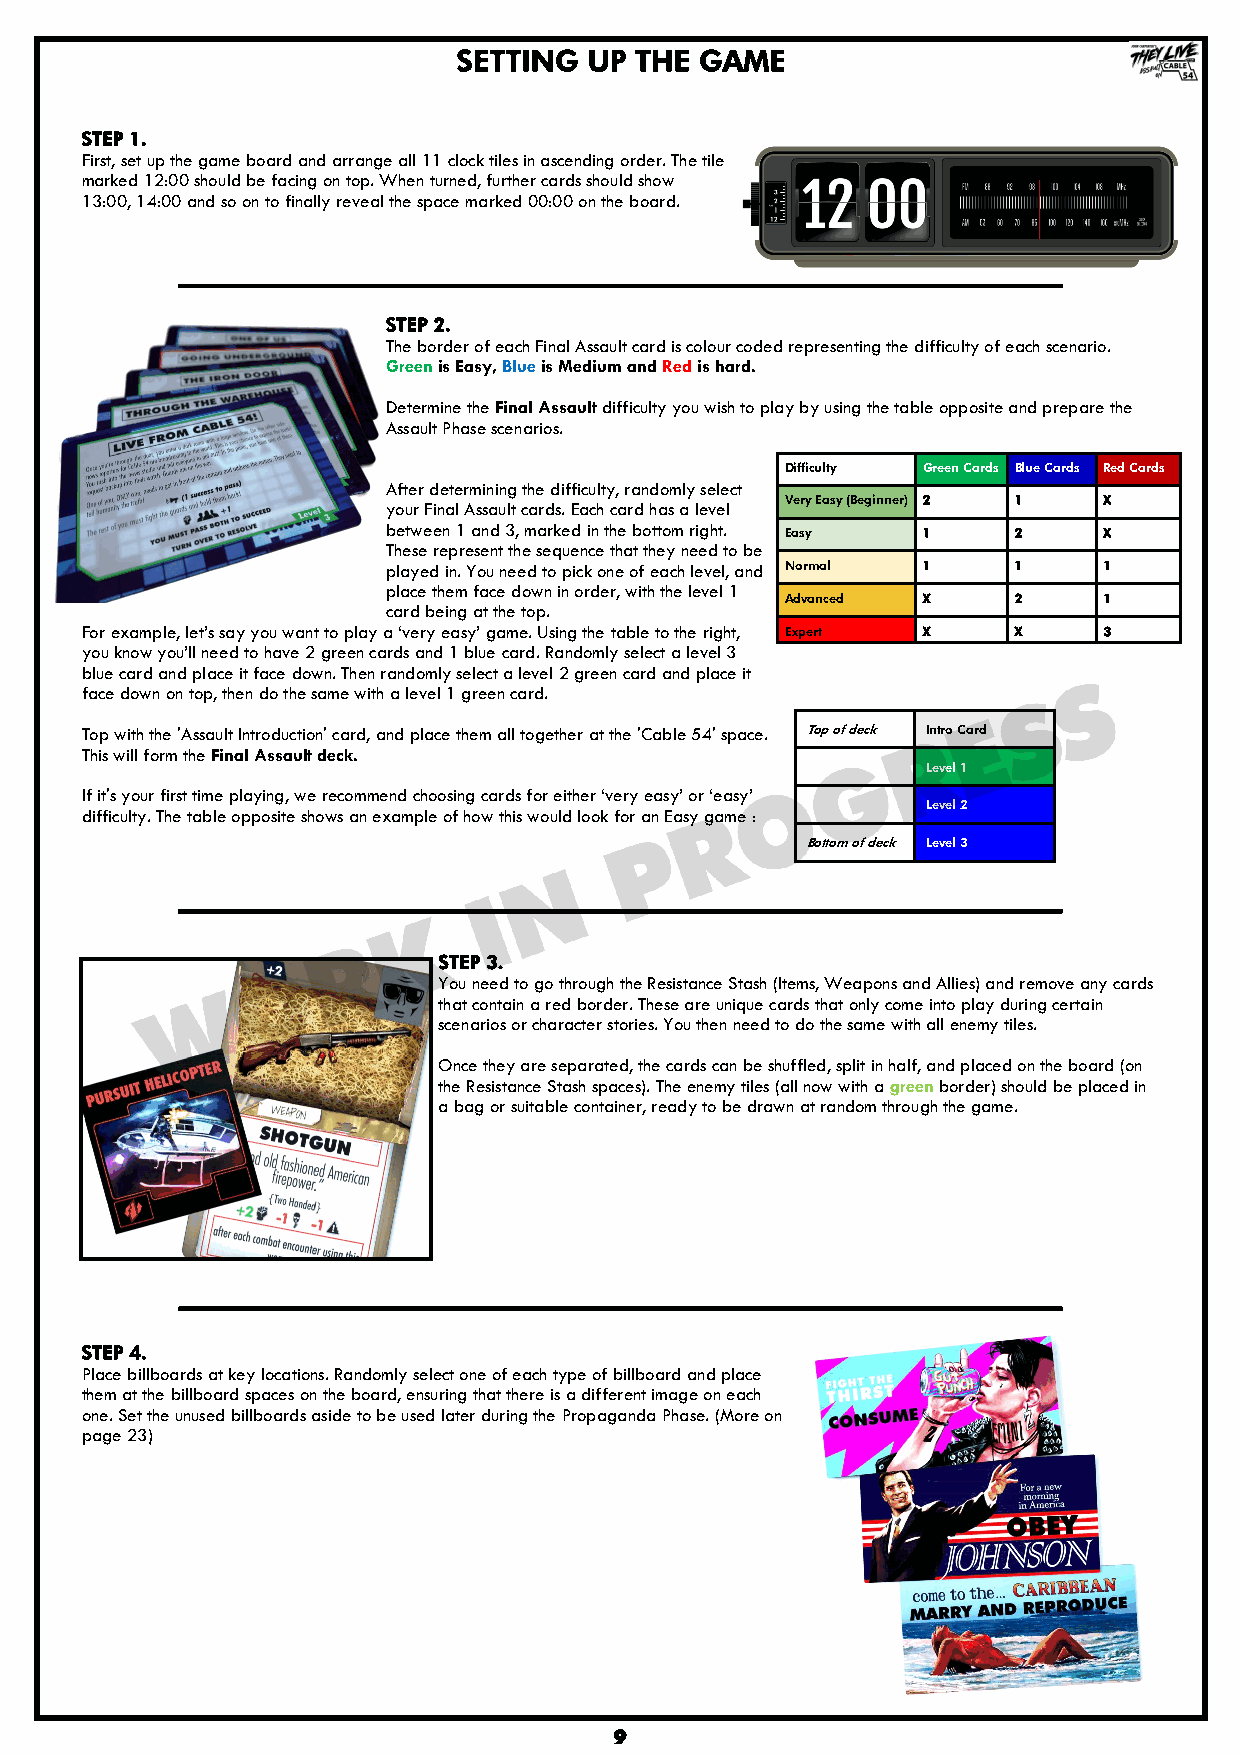
SETTING  UP THE GAME
 STEP 1.
 First, set up the game board and arrange all 11 clock tiles in ascending order. The tile
 marked 12:00 should be facing on top. When turned, further cards should show
 13:00, 14:00 and so on to finally reveal the space marked 00:00 on the board.
 STEP 2.
 The border of each Final Assault card is colour coded representing the difficulty of each scenario.
 Green is Easy, Blue is Medium and Red is hard.
 Determine the Final Assault difficulty you wish to play by using the table opposite and prepare the
 Assault Phase scenarios.
 Difficulty Green Cards Blue Cards Red Cards
 After determining the difficulty, randomly select
 your Final Assault cards. Each card has a level Very Easy (Beginner) 2 1 X
 between 1 and 3, marked in the bottom right.
 Easy     1     2     X
 These represent the sequence that they need to be
 played in. You need to pick one of each level, and Normal 1 1 1
 place them face down in order, with the level 1
 Advanced X     2     1
 card being at the top.
 For example, let‟s say you want to play a „very easy‟ game. Using the table to the right, Expert X X 3
 you know you‟ll need to have 2 green cards and 1 blue card. Randomly select a level 3
 blue card and place it face down. Then randomly select a level 2 green card and place it
 face down on top, then do the same with a level 1 green card.
 Top with the 'Assault Introduction' card, and place them all together at the 'Cable 54' space. Top of deck Intro Card
 This will form the Final Assault deck.
 Level 1
 If it's your first time playing, we recommend choosing cards for either „very easy‟ or „easy‟
 Level 2
 difficulty. The table opposite shows an example of how this would look for an Easy game :
 Bottom of deck Level 3
 STEP 3.
 You need to go through the Resistance Stash (Items, Weapons and Allies) and remove any cards
 that contain a red border. These are unique cards that only come into play during certain
 scenarios or character stories. You then need to do the same with all enemy tiles.
 Once they are separated, the cards can be shuffled, split in half, and placed on the board (on
 the Resistance Stash spaces). The enemy tiles (all now with a green border) should be placed in
 a bag or suitable container, ready to be drawn at random through the game.
 STEP 4.
 Place billboards at key locations. Randomly select one of each type of billboard and place
 them at the billboard spaces on the board, ensuring that there is a different image on each
 one. Set the unused billboards aside to be used later during the Propaganda Phase. (More on
 page 23)
 9